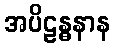
အပိဠန္ဓနာန